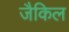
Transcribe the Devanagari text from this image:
जैकिल